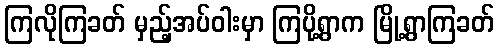
ကြလိုကြခတ် မှည့်အပ်ဝါးမှာ ကြပို့ရွာက မြို့ရွာကြခတ်